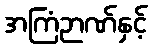
အကြံဉာဏ်နှင့်